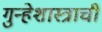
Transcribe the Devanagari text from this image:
गुन्हेशास्त्राची